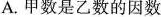
A.甲数是乙数的因数